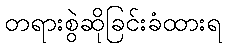
တရားစွဲဆိုခြင်းခံထားရ